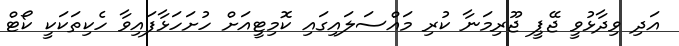
އަދި ވިދާޅުވީ ޖޭޕީ ޖޫރިމަނާ ކުރި މައްސަލައިގައި ކޮމިޓީއަށް ހުށަހަޅާފައިވާ ހެކިތަކަކީ ކޯޓް